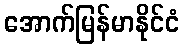
အောက်မြန်မာနိုင်ငံ